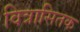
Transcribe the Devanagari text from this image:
वित्रासितक